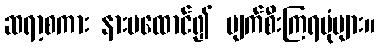
ဆရာ့စကား နားမထောင်၍ ပျက်စီးကြရပုံများ။